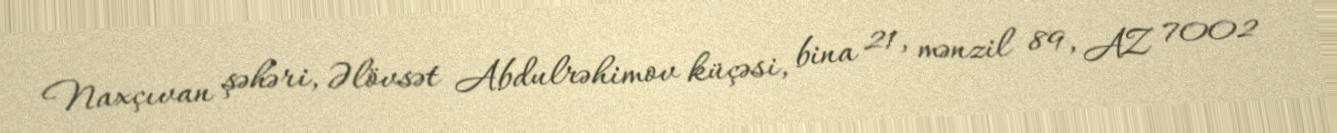
Naxçıvan şəhəri, Əlövsət Abdulrəhimov küçəsi, bina 21, mənzil 89, AZ 7002